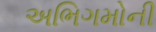
અભિગમોની